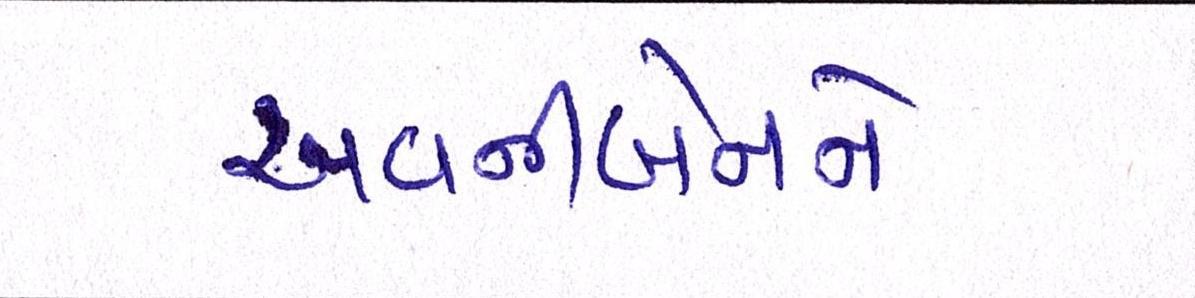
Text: અવનીબેનને